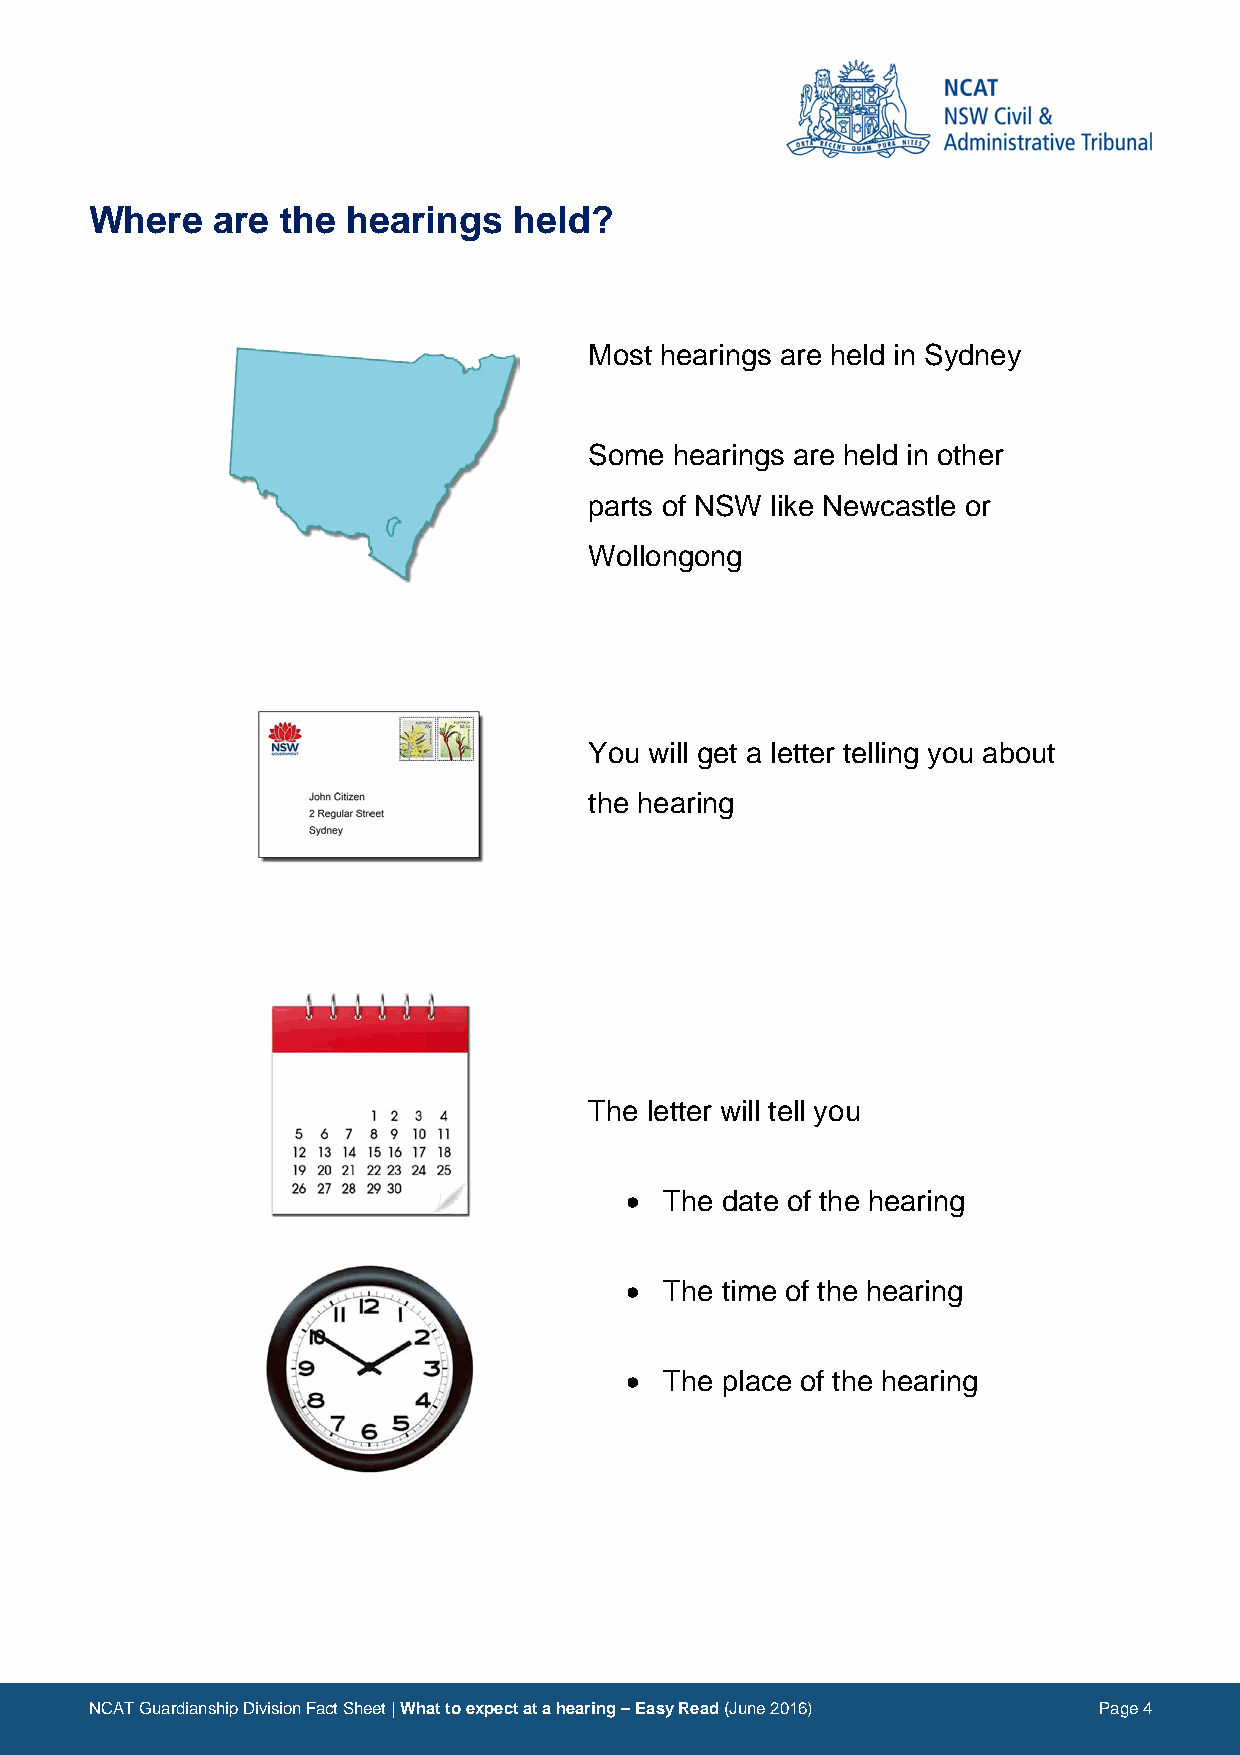
Where   are  the hearings   held?
 Image                      Description
 Most hearings are held in Sydney
 Some  hearings are held in other
 parts of NSW like Newcastle or
 Wollongong
 You will get a letter telling you about
 the hearing
 The letter will tell you
 •  The date of the hearing
 •  The time of the hearing
 •  The place of the hearing
 NCAT Guardianship Division Fact Sheet | What to expect at a hearing – Easy Read (June 2016) Page 4